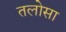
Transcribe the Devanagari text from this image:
तलोसा